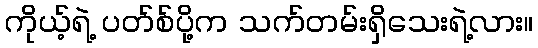
ကိုယ့်ရဲ့ ပတ်စ်ပို့က သက်တမ်းရှိသေးရဲ့လား။